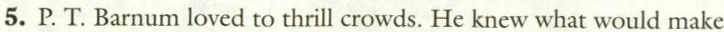
5. P. T. Barnum loved to thrill crowds. He knew what would make